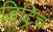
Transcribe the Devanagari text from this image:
डिट्रिच